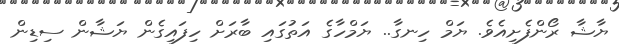
ޔާޝާ ރޯންފެށިއެވެ. ޔަމް ހިނގާ.. ޔަމްހާގެ އަތުގައި ބާރަށް ހިފައިގެން ޔަޝާން ސިޑިން